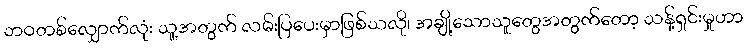
ဘဝတစ်လျှောက်လုံး သူ့အတွက် လမ်းပြပေးမှာဖြစ်သလို၊ အချို့သောသူတွေအတွက်တော့ သန့်ရှင်းမှုဟာ